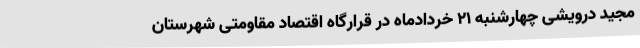
مجید درویشی چهارشنبه 21 خردادماه در قرارگاه اقتصاد مقاومتی شهرستان